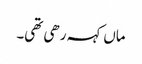
ماں کہہ رھی تھی۔